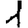
Digit: 1